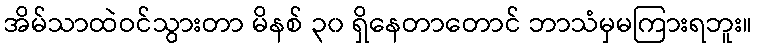
အိမ်သာထဲဝင်သွားတာ မိနစ် ၃၀ ရှိနေတာတောင် ဘာသံမှမကြားရဘူး။